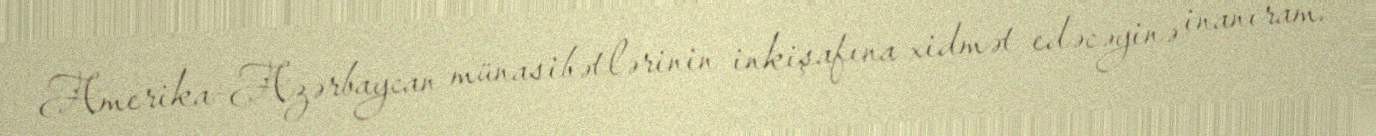
Amerika-Azərbaycan münasibətlərinin inkişafına xidmət edəcəyinə inanıram.